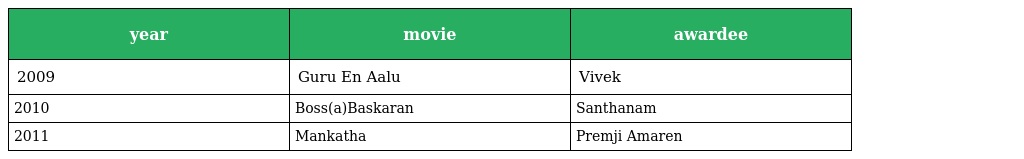
| year | movie | awardee |
 | --- | --- | --- |
 | 2009 | Guru En Aalu | Vivek |
 | 2010 | Boss(a)Baskaran | Santhanam |
 | 2011 | Mankatha | Premji Amaren |